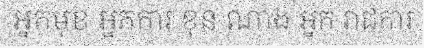
អ្នកមុខ អ្នកការ ខុន ណាង អ្នក រាជការ